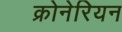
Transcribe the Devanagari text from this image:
क्रोनेरियन